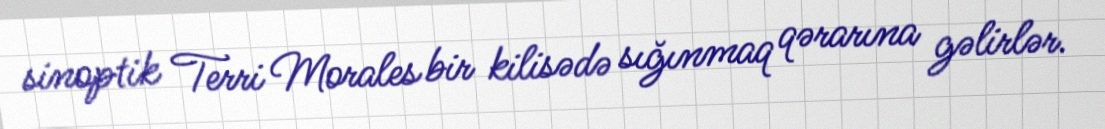
sinoptik Terri Morales bir kilisədə sığınmaq qərarına gəlirlər.